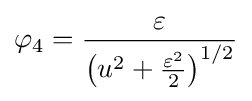
\varphi _{4}={\frac {\varepsilon }{\left(u^{2}+{\frac {\varepsilon ^{2}}{2}}\right)^{1/2}}}